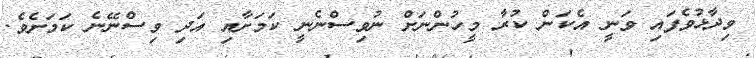
ވިދާޅުވެފައި ވަނީ އެކަން ކުރާ މީހުންނަށް ނުވިސްނެނީ ކަމަށާއި އަދި ވިސްނޭނެ ކަމަށެވެ.